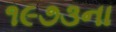
૧૯૭૩ના